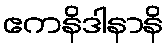
ဧကနိဒါနာနိ